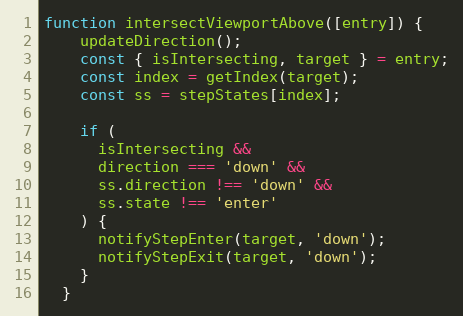
Language: JavaScript
function intersectViewportAbove([entry]) {
    updateDirection();
    const { isIntersecting, target } = entry;
    const index = getIndex(target);
    const ss = stepStates[index];

    if (
      isIntersecting &&
      direction === 'down' &&
      ss.direction !== 'down' &&
      ss.state !== 'enter'
    ) {
      notifyStepEnter(target, 'down');
      notifyStepExit(target, 'down');
    }
  }